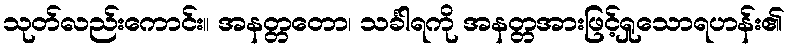
သုတ်လည်းကောင်း။ အနတ္တတော၊ သင်္ခါရကို အနတ္တအားဖြင့်ရှုသောရဟန်း၏